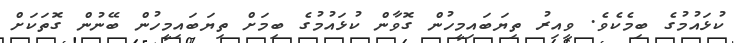
ކުޅައުމުގެ ބިމެކެވެ. ވީއިރު ތިޔަބައިމީހުން ގޮވާން ކުޅައުމުގެ ބިމަށް ތިޔަބައިމީހުން ބޭނުން ގޮތަކަށް